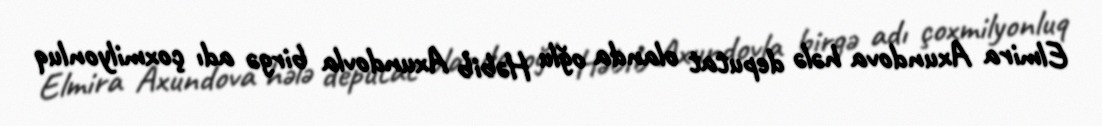
Elmira Axundova hələ deputat olanda oğlu Həbib Axundovla birgə adı çoxmilyonluq